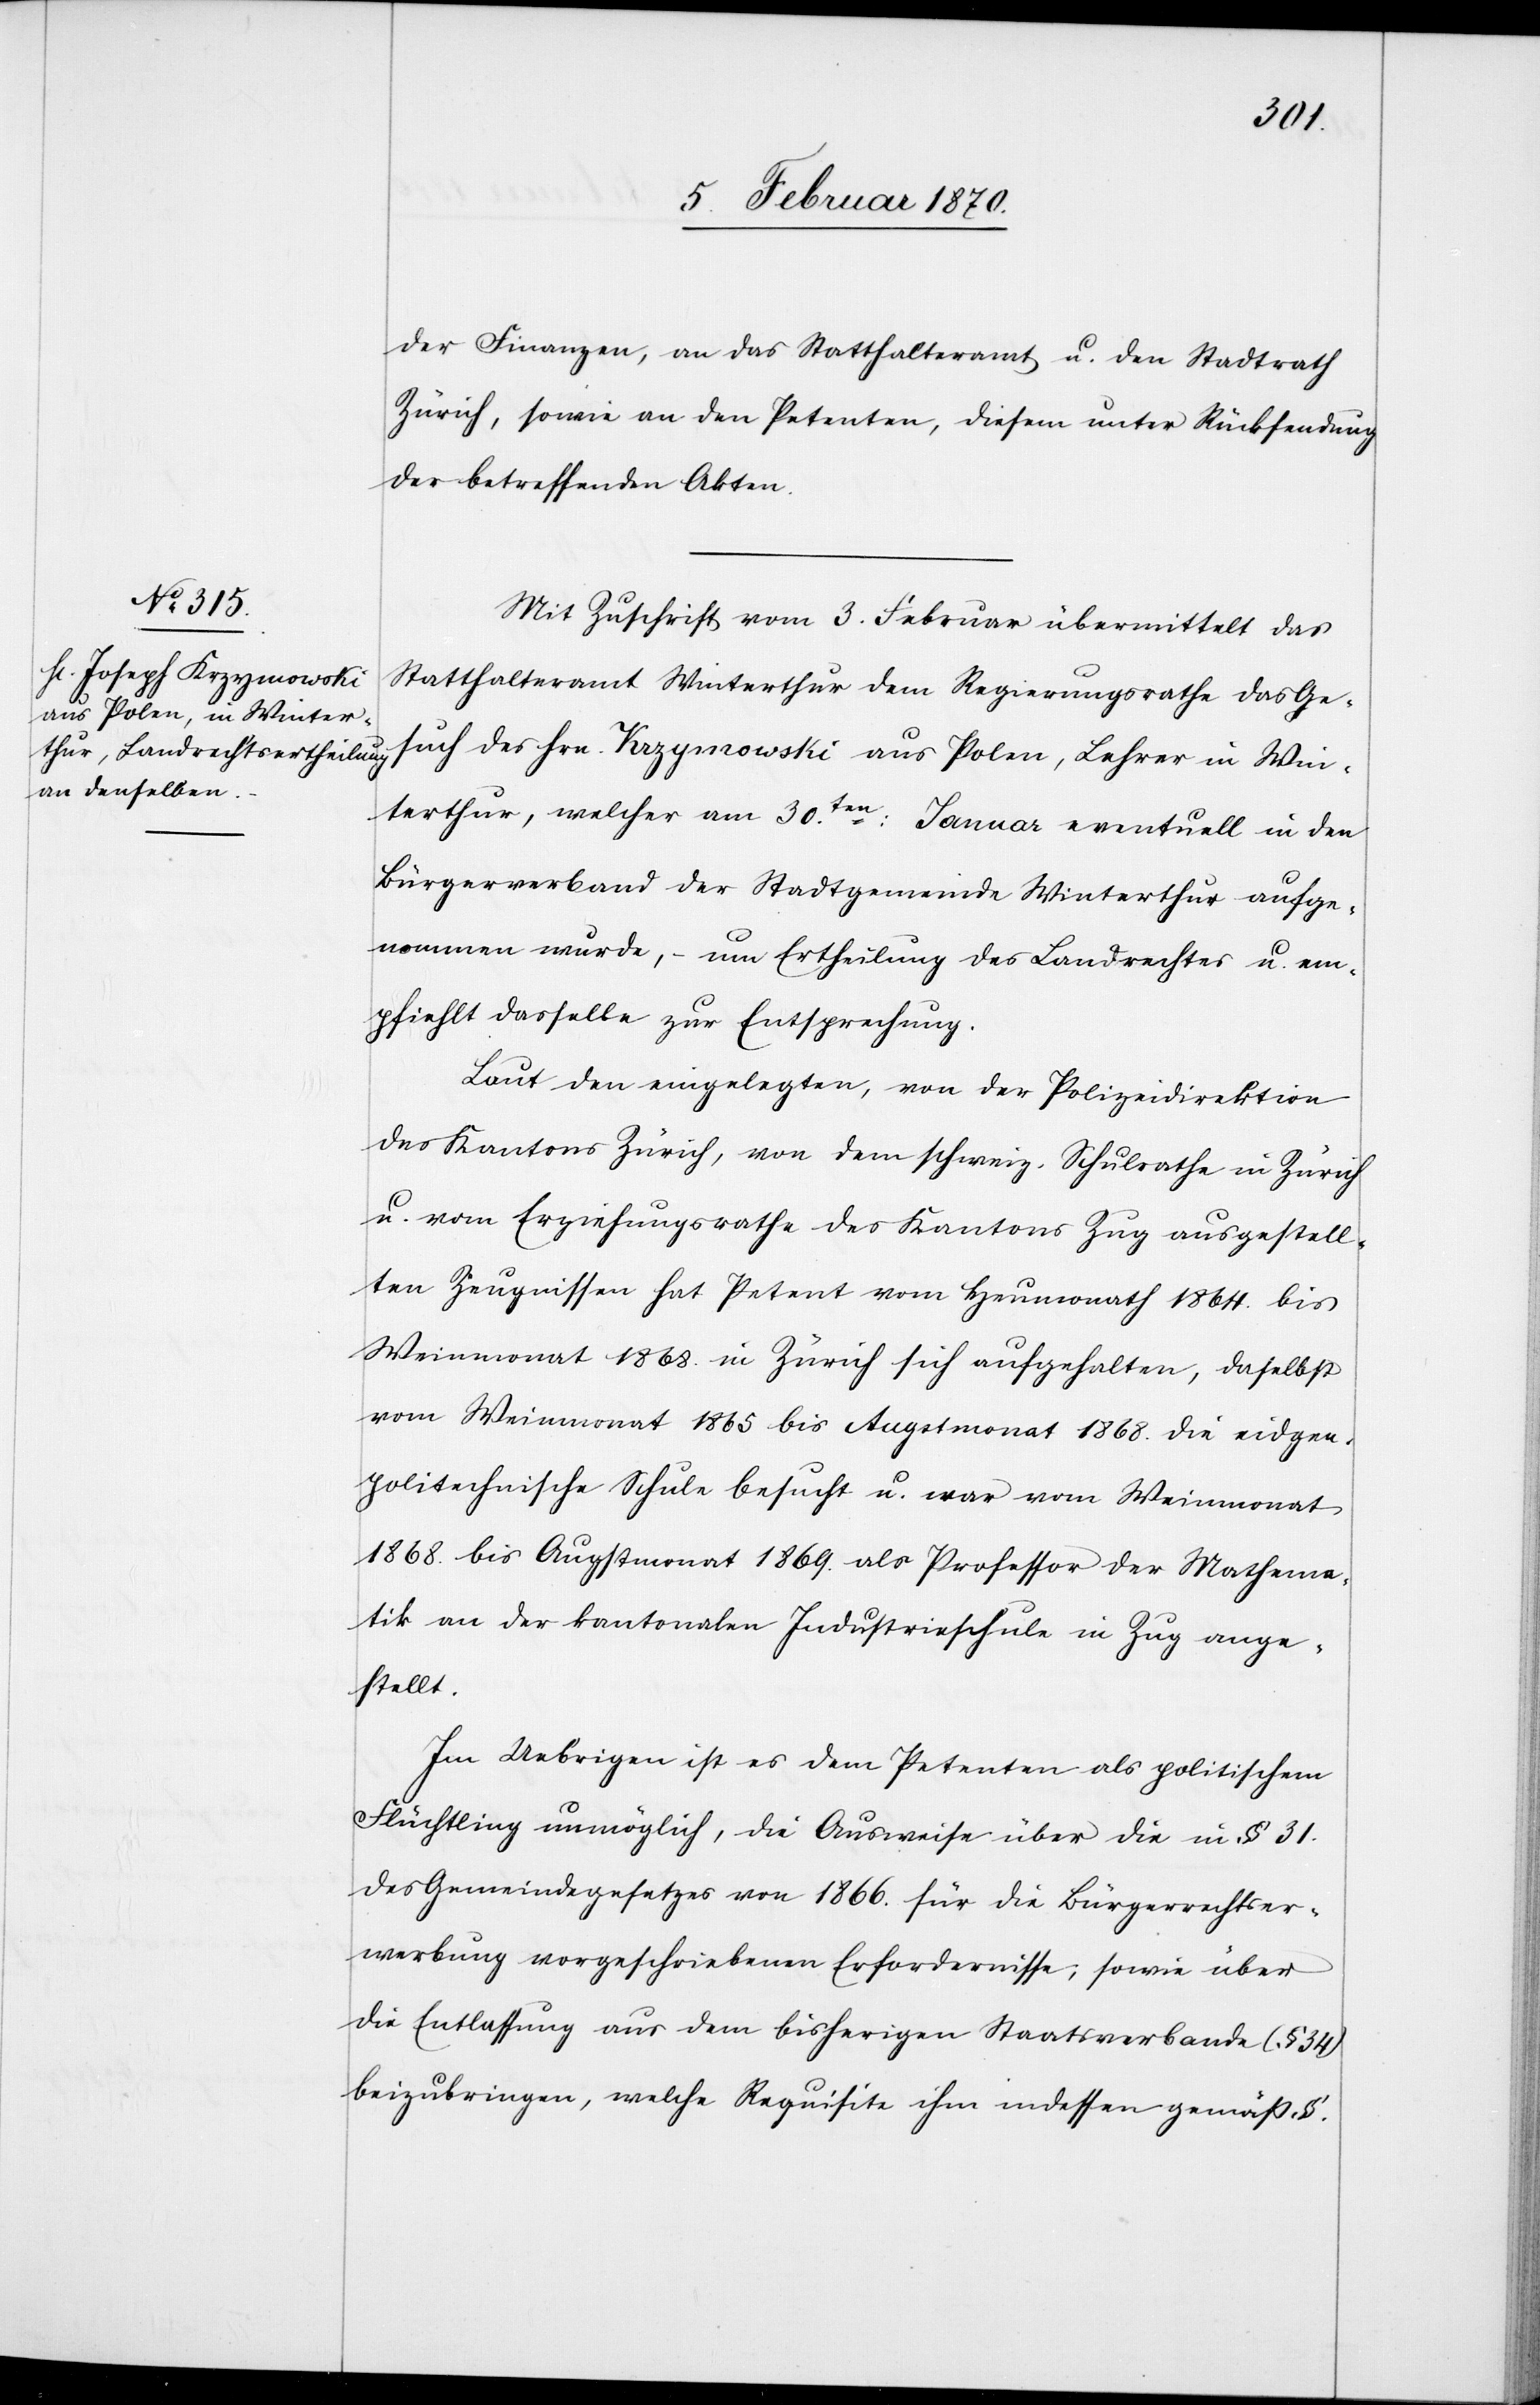
der Finanzen, an das Statthalteramt u. den Stadtrath
Zürich, sowie an den Petenten, diesem unter Rücksendung
der betreffenden Akten.
Mit Zuschrift vom 3. Februar übermittelt das
Statthalteramt Winterthur dem Regierungsrathe das Ge¬
such des Hrn. Krzymowski aus Polen, Lehrer in Win¬
terthur, welcher am 30ten: Januar eventuell in den
Bürgerverband der Stadtgemeinde Winterthur aufge¬
nommen wurde, – um Ertheilung des Landrechtes u. em¬
pfiehlt dasselbe zur Entsprechung.
Laut den eingelegten, von der Polizeidirektion
des Kantons Zürich, von dem schweiz. Schulrathe in Zürich
u. vom Erziehungsrathe des Kantons Zug ausgestell¬
ten Zeugnissen hat Petent vom Heumonath 1864. bis
Weinmonat 1868. in Zürich sich aufgehalten, daselbst
vom Weinmonat 1865 bis Augstmonat 1868. die eidgen.
politechnische Schule besucht u. war vom Weinmonat
1868. bis Augstmonat 1869. als Professor der Mathema¬
tik an der kantonalen Industrieschule in Zug ange¬
stellt.
Im Uebrigen ist es dem Petenten als politischem
Flüchtling unmöglich, die Ausweise über die in § 31.
des Gemeindegesetzes von 1866. für die Bürgerrechtser¬
werbung vorgeschriebenen Erfordernisse; sowie über
die Entlassung aus dem bisherigen Staatsverbande (§ 34)
beizubringen, welche Requisite ihm indessen gemäß §.